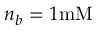
n _ { b } = 1 \mathrm { m M }